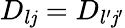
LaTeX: D_{l\mathit{j}}=D_{l{'}\mathit{j}{'}}